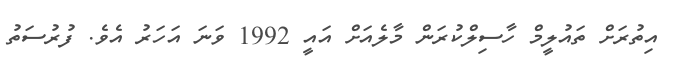
އިތުރަށް ތައުލީމް ހާސިލްކުރަން މާލެއަށް އައީ 1992 ވަނަ އަހަރު އެވެ. ފުރުސަތު